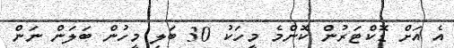
އެ އަށް ޑޮކްޓަރުން ކޮންމެ މީހަކު 30 ބަލި މީހުން ބަލަން ނަން